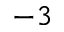
^ { - 3 }